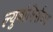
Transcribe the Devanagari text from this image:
ल्युबोमिर्सका